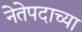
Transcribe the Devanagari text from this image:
नेतेपदाच्या